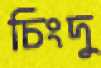
চিংদু